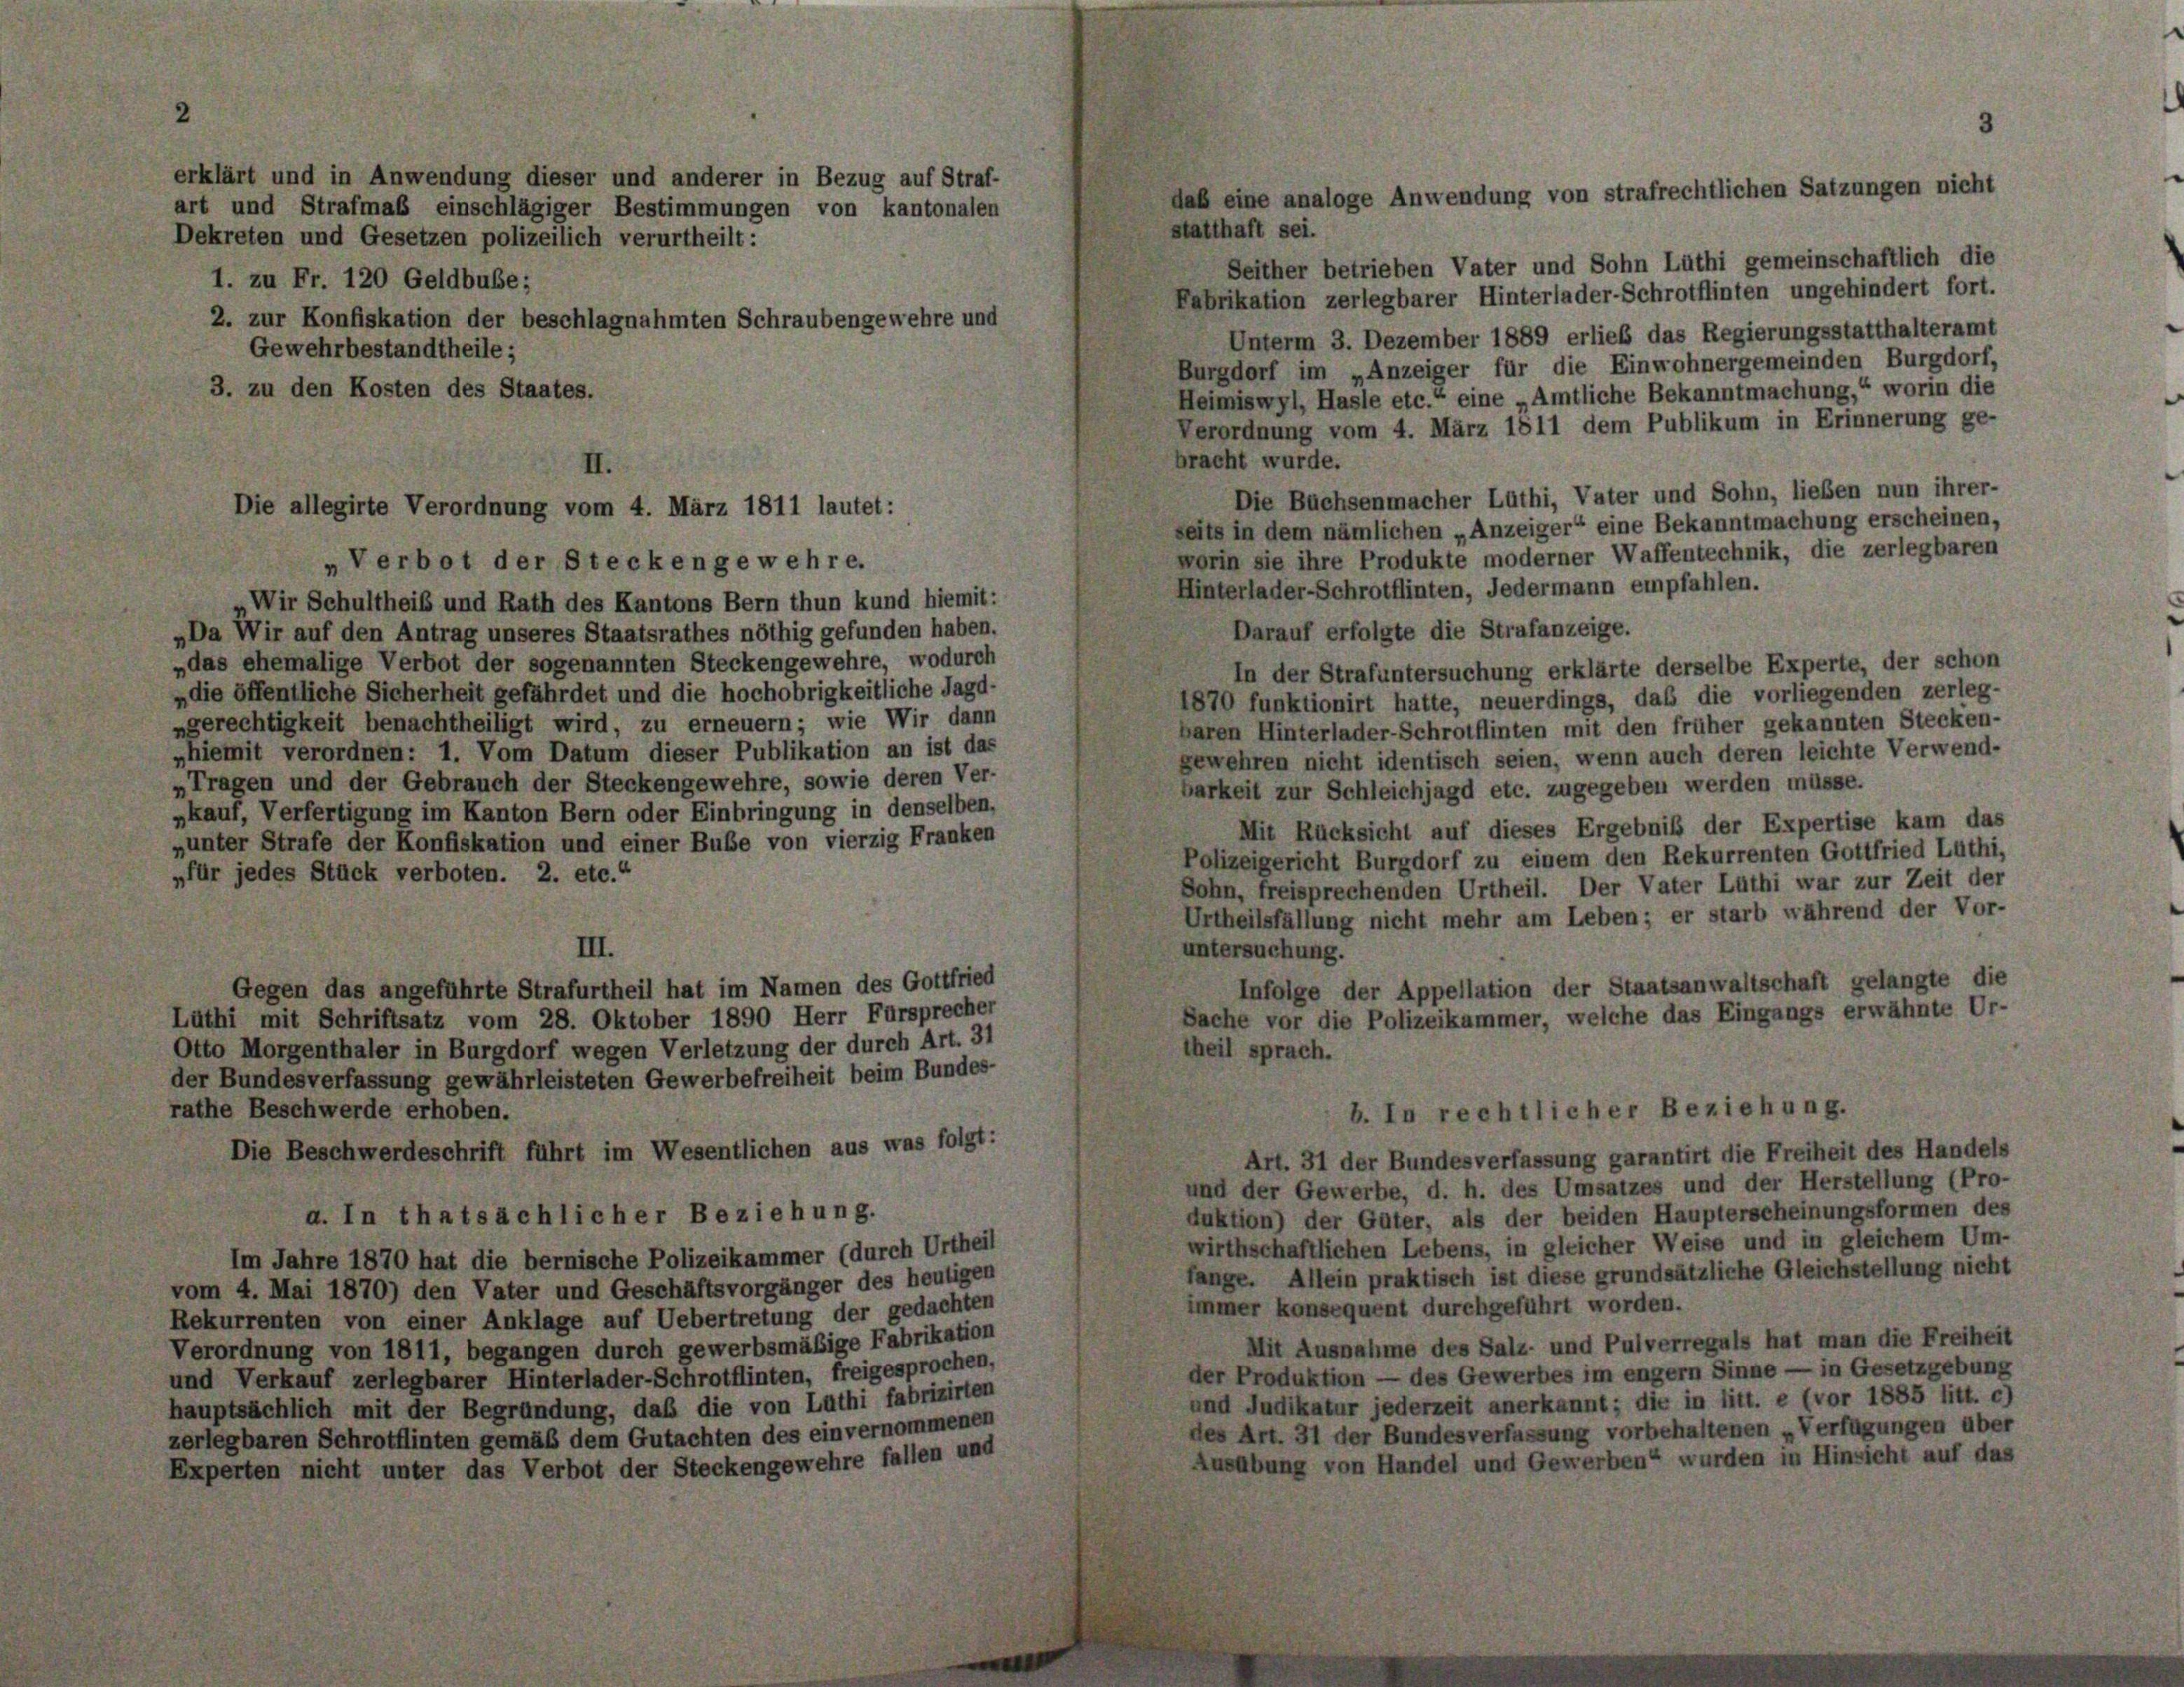
erklärt und in Anwendung dieser und anderer in Bezug auf Straf-

statthaft sei.
Seither betrieben Vater und Sohn Lüthi gemeinschaftlich die
Fabrikation zerlegbarer Hinterlader-Schrotflinten ungehindert fort.
Unterm 3. Dezember 1889 erlieb das Regierungsstatthalteramt
Burgdorf im „Anzeiger für die Einwohnergemeinden Burgdorf,
Heimiswyl, Hasle etc.“ eine „Amtliche Bekanntmachung,“ worin die
Verordnung vom 4. März 1811 dem Publikum in Erinnerung ge-
bracht wurde.
Die Büchsenmacher Lüthi, Vater und Sohn, lieben nun ihrer-
seits in dem nämlichen „Anzeiger“ eine Bekanntmachung erscheinen,
worin sie ihre Produkte moderner Waffentechnik, die zerlegbaren
Hinterlader-Schrotflinten, Jedermann empfahlen.
Wir Schultheiß und Rath des Kantons Bern thun kund hiemit:
Darauf erfolgte die Strafanzeige.
„Da Wir auf den Antrag unseres Staatsrathes nöthig gefunden haben.
„das ehemalige Verbot der sogenannten Steckengewehre, wodurch
In der Strafuntersuchung erklärte derselbe Experte, der schon
„die öffentliche Sicherheit gefährdet und die hochobrigkeitliche Jagd-
1870 funktionirt hatte, neuerdings, das die vorliegenden zerleg-
ngerechtigkeit benachtheiligt wird, zu erneuern; wie Wir dann
baren Hinterlader-Schrotflinten mit den früher gekannten Stecken-
„hiemit verordnen: 1. Vom Datum dieser Publikation an ist das
gewehren nicht identisch seien, wenn auch deren leichte Verwend-
„Tragen und der Gebrauch der Steckengewehre, sowie deren Ver-
barkeit zur Schleichjagd etc. zugegeben werden müsse.
„kauf, Verfertigung im Kanton Bern oder Einbringung in denselben,
Mit Rücksicht auf dieses Ergebniß der Expertise kam das
„unter Strafe der Konfiskation und einer Bube von vierzig Franken
Polizeigericht Burgdorf zu einem den Rekurrenten Gottfried Luthi,
„für jedes Stück verboten. 2. etc.“
Sohn, freisprechenden Urtheil. Der Vater Lüthi war zur Zeit der
Urtheilsfällung nicht mehr am Leben; er starb während der Vor-
III.
untersuchung.
Infolge der Appellation der Staatsanwaltschaft gelangte die
Gegen das angeführte Strafurtheil hat im Namen des Gottfried
Sache vor die Polizeikammer, welche das Eingangs erwähnte Ur-
Lüthi mit Schriftsatz vom 28. Oktober 1890 Herr Fürsprecher
Otto Morgenthaler in Burgdorf wegen Verletzung der durch Art. 31
theil sprach.
der Bundesverfassung gewährleisteten Gewerbefreiheit beim Bundes-
rathe Beschwerde erhoben.
b. In rechtlicher Beziehung.
Die Beschwerdeschrift führt im Wesentlichen aus was folgt:
Art. 31 der Bundesverfassung garantirt die Freiheit des Handels
und der Gewerbe, d. h. des Umsatzes und der Herstellung (Pro-
duktion) der Güter, als der beiden Haupterscheinungsformen des
a. In thatsächlicher Beziehung.
wirthschaftlichen Lebens, in gleicher Weise und in gleichem Um-
Im Jahre 1870 hat die bernische Polizeikammer (durch Urtheil
fange. Allein praktisch ist diese grundsätzliche Gleichstellung nicht
vom 4. Mai 1870) den Vater und Geschäftsvorgänger des heutigen
immer konsequent durchgeführt worden.
Rekurrenten von einer Anklage auf Uebertretung der gedachten
Mit Ausnahme des Salz- und Pulverregals hat man die Freiheit
Verordnung von 1811, begangen durch gewerbsmäßige Fabrikation
der Produktion — des Gewerbes im engem Sinne — in Gesetzgebung
und Verkauf zerlegbarer Hinterlader-Schrotflinten, freigesprochen,
und Judikatur jederzeit anerkannt; die in litt. e (vor 1885 litt. c)
hauptsächlich mit der Begründung, daß die von Luthi fabrizirten
des Art. 31 der Bundesverfassung vorbehaltenen „Verfügungen über
zerlegbaren Schrotflinten gemäß dem Gutachten des einvernommenen
Ausübung von Handel und Gewerben“ wurden in Hinsicht auf das
Experten nicht unter das Verbot der Steckengewehre fallen und

art und Strafmaß einschlägiger Bestimmungen von kantonalen
Dekreten und Gesetzen polizeilich verurtheilt:
1. zu Fr. 120 Geldbuße;
2. zur Konfiskation der beschlagnahmten Schraubengewehre und
Gewehrbestandtheile;
3. zu den Kosten des Staates.
II.

Die allegirte Verordnung vom 4. März 1811 lautet:
„Verbot der Steckengewehre.

3
daß eine analoge Anwendung von strafrechtlichen Satzungen nicht